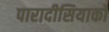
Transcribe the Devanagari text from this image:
पारादीसियाको